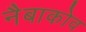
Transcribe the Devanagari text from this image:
नैबाकोव